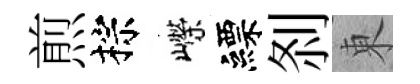
煎棕嶸縹𠛴東